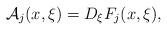
LaTeX: \begin{align*}\mathcal{A}_j(x,\xi)= D_{\xi}F_j(x,\xi), \end{align*}